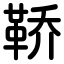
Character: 鞒